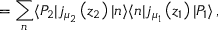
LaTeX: = \sum _ { n } \langle P _ { 2 } | j _ { \mu _ { 2 } } \left( z _ { 2 } \right) | n \rangle \langle n | j _ { \mu _ { 1 } } \left( z _ { 1 } \right) | P _ { 1 } \rangle \, ,